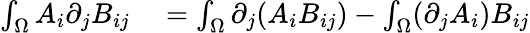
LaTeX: \begin{array}{rl}{\int_{\Omega}A_{i}\partial_{j}B_{ij}}&{{}=\int_{\Omega}\partial_{j}(A_{i}B_{ij})-\int_{\Omega}(\partial_{j}A_{i})B_{ij}}\end{array}